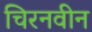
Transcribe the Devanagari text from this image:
चिरनवीन